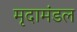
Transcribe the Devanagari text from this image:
मृदामंडल